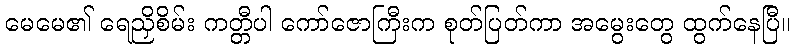
မေမေ၏ ရေညှိစိမ်း ကတ္တီပါ ကော်ဇောကြီးက စုတ်ပြတ်ကာ အမွေးတွေ ထွက်နေပြီ။